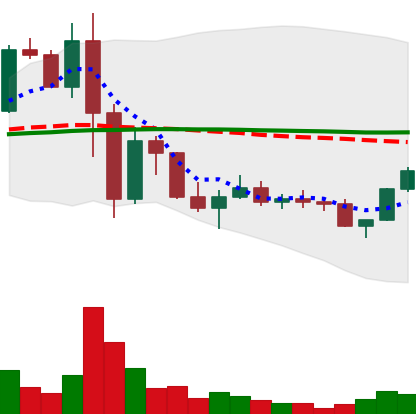
Ticker: LINK-USD
Chart end date: 2022-11-23
Forward return: 7.555%
Label: up_7plus